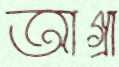
আগ্রা